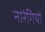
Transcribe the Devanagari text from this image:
नारंगियों